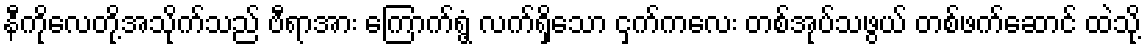
နီကိုလေတို့အသိုက်သည် ဗီရာအား ကြောက်ရွံ့ လက်ရှိသော ငှက်ကလေး တစ်အုပ်သဖွယ် တစ်ဖက်ဆောင် ထဲသို့